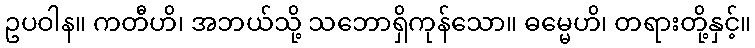
ဥပဝါန။ ကတီဟိ၊ အဘယ်သို့ သဘောရှိကုန်သော။ ဓမ္မေဟိ၊ တရားတို့နှင့်။